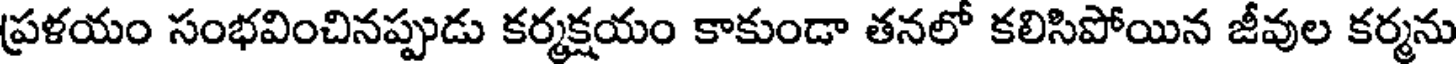
ప్రళయం సంభవించినప్పుడు కర్మక్షయం కాకుండా తనలో కలిసిపోయిన జీవుల కర్మను